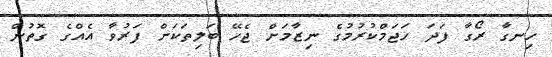
ހިނގާ ރޯގާ ފަދަ ހަޖަމްކުރުމުގެ ނިޒާމަށް ޖެހޭ ބަލިތަކަށް ފަރުވާ އެއްގެ ގޮތުން